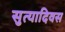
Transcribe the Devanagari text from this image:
सुत्यादिवस